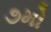
૭મો